system: You are a helpful assistant.
user:
Analyze the provided spectrum to determine if it is a **M-type Giant (gM)**.

A M-type Giant spectrum is defined by its **strong molecular absorption** features, particularly from **Titanium Oxide (TiO)**. You must check for one of the following mutually exclusive signatures:

- **Key Visual Indicators (Absorption-Dominated Spectrum):**

    - **(Primary):** The spectrum is dominated by strong molecular absorption from **Titanium Oxide (TiO)**. This is the **defining feature** of its M-type temperature class.
        - **(Key Bandheads):** Look for sharp, "saw-tooth" absorption valleys. The strongest are located near **~7050 Å**, **~6160 Å**, and **~5170 Å**.
        - **(Line Profile):** The "saw-tooth" morphology is critical: a **sharp, steep drop on the BLUE (short-wavelength) side** of the bandhead, followed by a gradual recovery (rising flux) towards the RED (long-wavelength) side.

    - **(Key Confirmation - Giant vs. Dwarf):** **ABSENCE** of strong **Calcium Hydride (CaH)** molecular bands. This is the primary diagnostic for *excluding* M-dwarfs.
        - **(Key Region):** The spectrum should lack the strong, broad absorption band seen in dwarfs between **~6800 Å and ~7000 Å**.

    - **(Secondary Confirmation - Giant):** A very strong and broad **Neutral Calcium (Ca I)** atomic absorption line.
        - **(Key Line):** Located at **~4226 Å**. In a giant (gM), this line is significantly deeper and broader than the same line in an M-dwarf (dM) due to low surface gravity.

    - **(Overall Spectrum):**
        - The continuum is **extremely red-sloping** (i.e., flux is very low in the blue and rises dramatically towards the red).
        - The entire spectrum appears "chopped up" by the deep TiO bands.

Think first, call **spectral_visualization_tool** if needed to examine features in detail, then provide your final answer. Your response must adhere to the following strict rules:
1.  **Overall Structure:** Your response must follow the format `<think>...</think> <tool_call>...</tool_call> (if a tool is used) <answer>...</answer>`.
2.  **Tool Usage Constraint:** You may only make **one** tool call per turn.
3.  **Final Answer Format:** In the `<answer>` tag, your conclusion must be inside a `\boxed{}` command (e.g., `\boxed{YES}` or `\boxed{NO}`), followed by your justification.

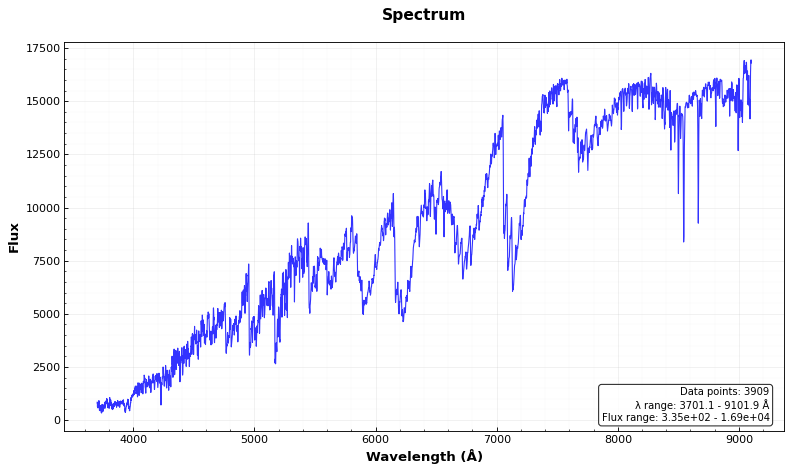
Answer: YES